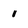
Character: 1